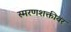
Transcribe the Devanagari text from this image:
स्मरणशक्तीवर